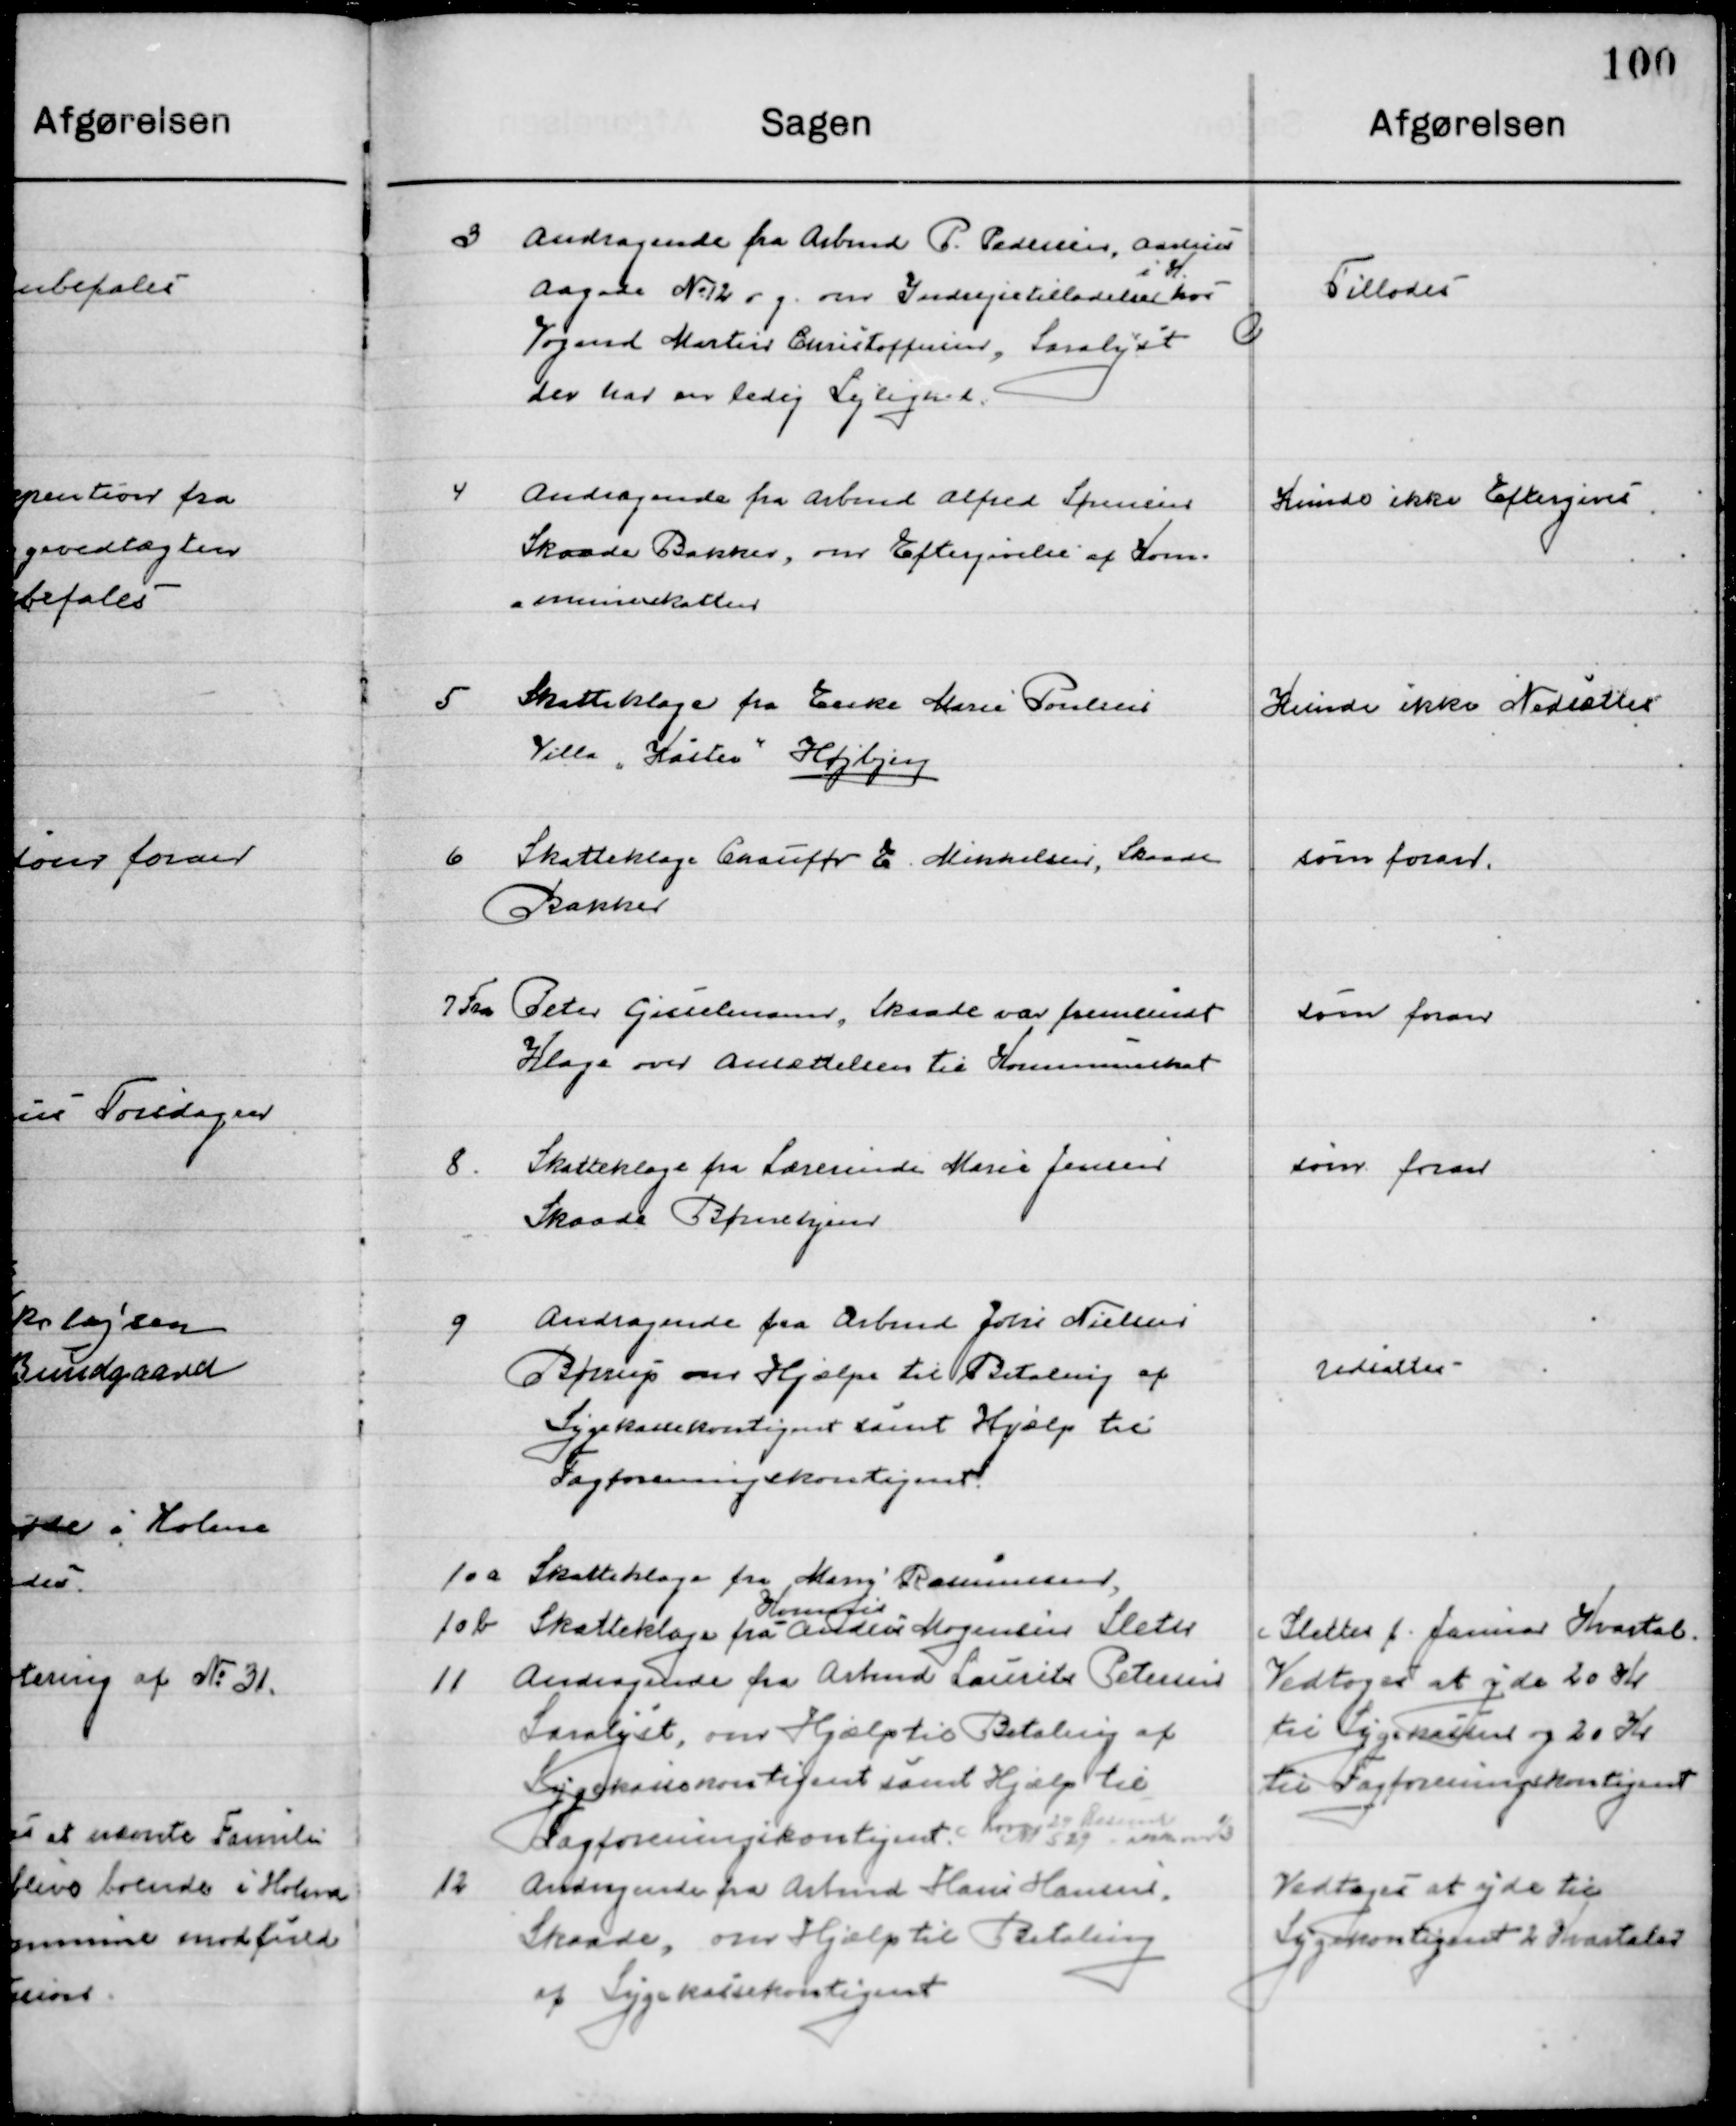
Transskription:
3

Andragende fra Arbmd. P. Pedersen, Aarhus
Aagade No. 12 v g. om Indrejsetilladelse
i K.
hos
Vognmd. Mattias Christoffersen, Saralyst 
der har en ledig Lejlighed.

Tillodes

4

Andragende fra Arbmd. Alfred Sørensen
Skaade Bakker om Eftergivelse af Kom- 
muneskatten.

Kunde ikke Eftergives

5

Skatteklage fra Enke Marie Poulsen
Villa ”Kasten” Højbjerg

Kunde ikke Nedsættes

6

Skatteklage Chauffør E. Mikkelsen, Skaade
Bakker.

som foran

7

Fra Peter Gisselmand, Skaade var fremsendt
Klage over Ansættelsen til Kommuneskat.

som foran

8

Skatteklage fra Lærerinde Marie Jensen 
Skaade Børnehjem.

som foran

9

Andragende fra Arbmd. Johs. Nielsen 
Børup om Hjælp til Betaling af 
Sygekassekontingent samt Hjælp til 
Fagforeningskontingent.

Udsættes

10 a

Skatteklage fra Mary Rasmussen,

10 b

Skatteklage fra  	
Komisær
Anders Mogensen Sleter

Slettes f. Januar Kvartal

11

Andragende fra Arbmd. Laurits Petersen
Saralyst, om Hjælp til Betaling af
Sygekassekontingent samt Hjælp til
Fagforeningskontingent hvor 29 
29

Vedtoges at yde 20 Kr.
til Sygekassen og 20 Kr.
til Fagforeningskontingent

12

Andragende fra Arbmd. Hans Hansen
Skaade, om Hjælp til Betaling 
af Sygekassekontingent

Vedtoges at yde til
Sygekassekontingent 2 Kvartaler